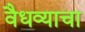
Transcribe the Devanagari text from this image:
वैधव्याचा